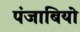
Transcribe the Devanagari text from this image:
पंजाबियो